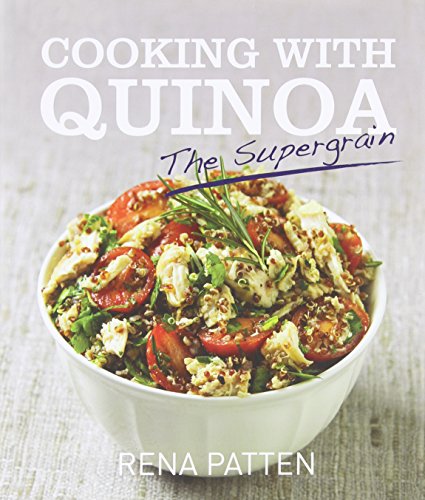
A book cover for Cooking With Quinoa: the Supergrain; Rena Patten; Cookbooks, Food & Wine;